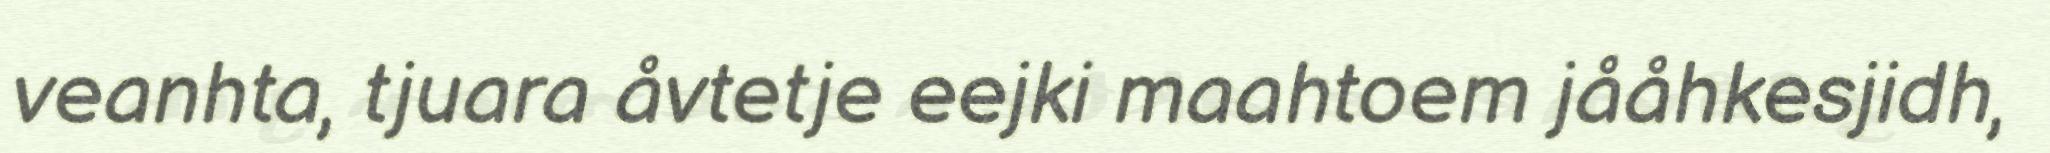
veanhta, tjuara åvtetje eejki maahtoem jååhkesjidh,